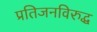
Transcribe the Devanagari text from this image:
प्रतिजनविरुद्ध